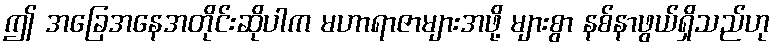
ဤ အခြေအနေအတိုင်းဆိုပါက မဟာရာဇာများအဖို့ များစွာ နစ်နာဖွယ်ရှိသည်ဟု